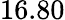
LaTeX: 16.80